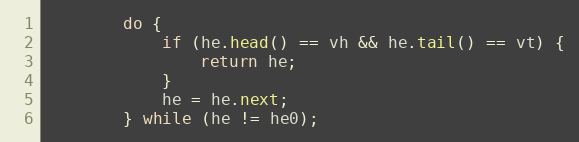
Language: Java
        do {
            if (he.head() == vh && he.tail() == vt) {
                return he;
            }
            he = he.next;
        } while (he != he0);